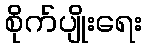
စိုက်ပျိုးရေး